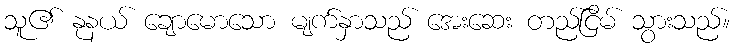
သူ၏ နုနယ် ချောမောသော မျက်နှာသည် အေးဆေး တည်ငြိမ် သွားသည်။